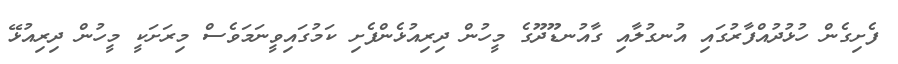
ފެށިގެން ހުޅުދުއްފާރުގައި އުނގުލާއި ގާއުނޑޫދޫގެ މީހުން ދިރިއުޅެންފެށި ކަމުގައިވީނަމަވެސް މިރަށަކީ މީހުން ދިރިއުޅޭ